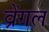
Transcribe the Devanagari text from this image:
व्रेंगल